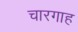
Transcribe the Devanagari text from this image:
चारगाह